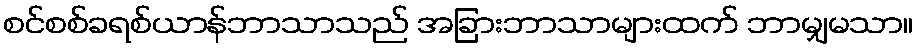
စင်စစ်ခရစ်ယာန်ဘာသာသည် အခြားဘာသာများထက် ဘာမျှမသာ။